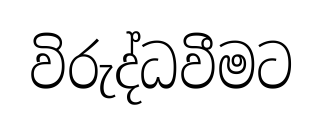
විරුද්ධවීමට